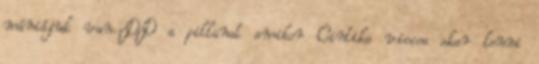
mániájuk van.:DD a pillanat amikor Cintike vicces akar lenni